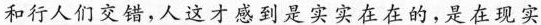
和行人们交错，人这才感到是实实在在的，是在现实